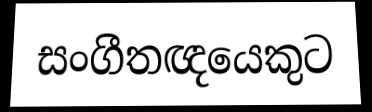
සංගීතඥයෙකුට